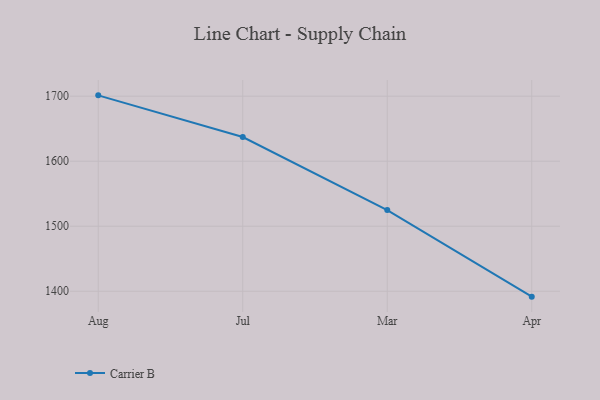
{"axis": {"x": "Month", "y": "Conversion Rate (%)"}, "legend": ["Carrier B"], "data": [{"x": "Aug", "y": 1701.3, "type": "Carrier B"}, {"x": "Jul", "y": 1637.2, "type": "Carrier B"}, {"x": "Mar", "y": 1524.8, "type": "Carrier B"}, {"x": "Apr", "y": 1391.7, "type": "Carrier B"}]}